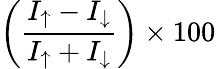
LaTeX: \left(\frac{I_{\uparrow}-I_{\downarrow}}{I_{\uparrow}+I_{\downarrow}}\right)\times 100